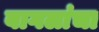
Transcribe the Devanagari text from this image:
बागलांचा